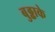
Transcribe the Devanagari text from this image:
बुढ्ढाके